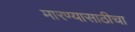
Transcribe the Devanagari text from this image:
मारण्यासाठीचा